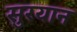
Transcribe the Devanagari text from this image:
सुरयान